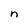
Character: n